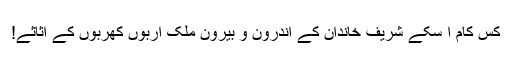
کس کام آ سکے شریف خاندان کے اندرون و بیرون ملک اربوں کھربوں کے اثاثے!